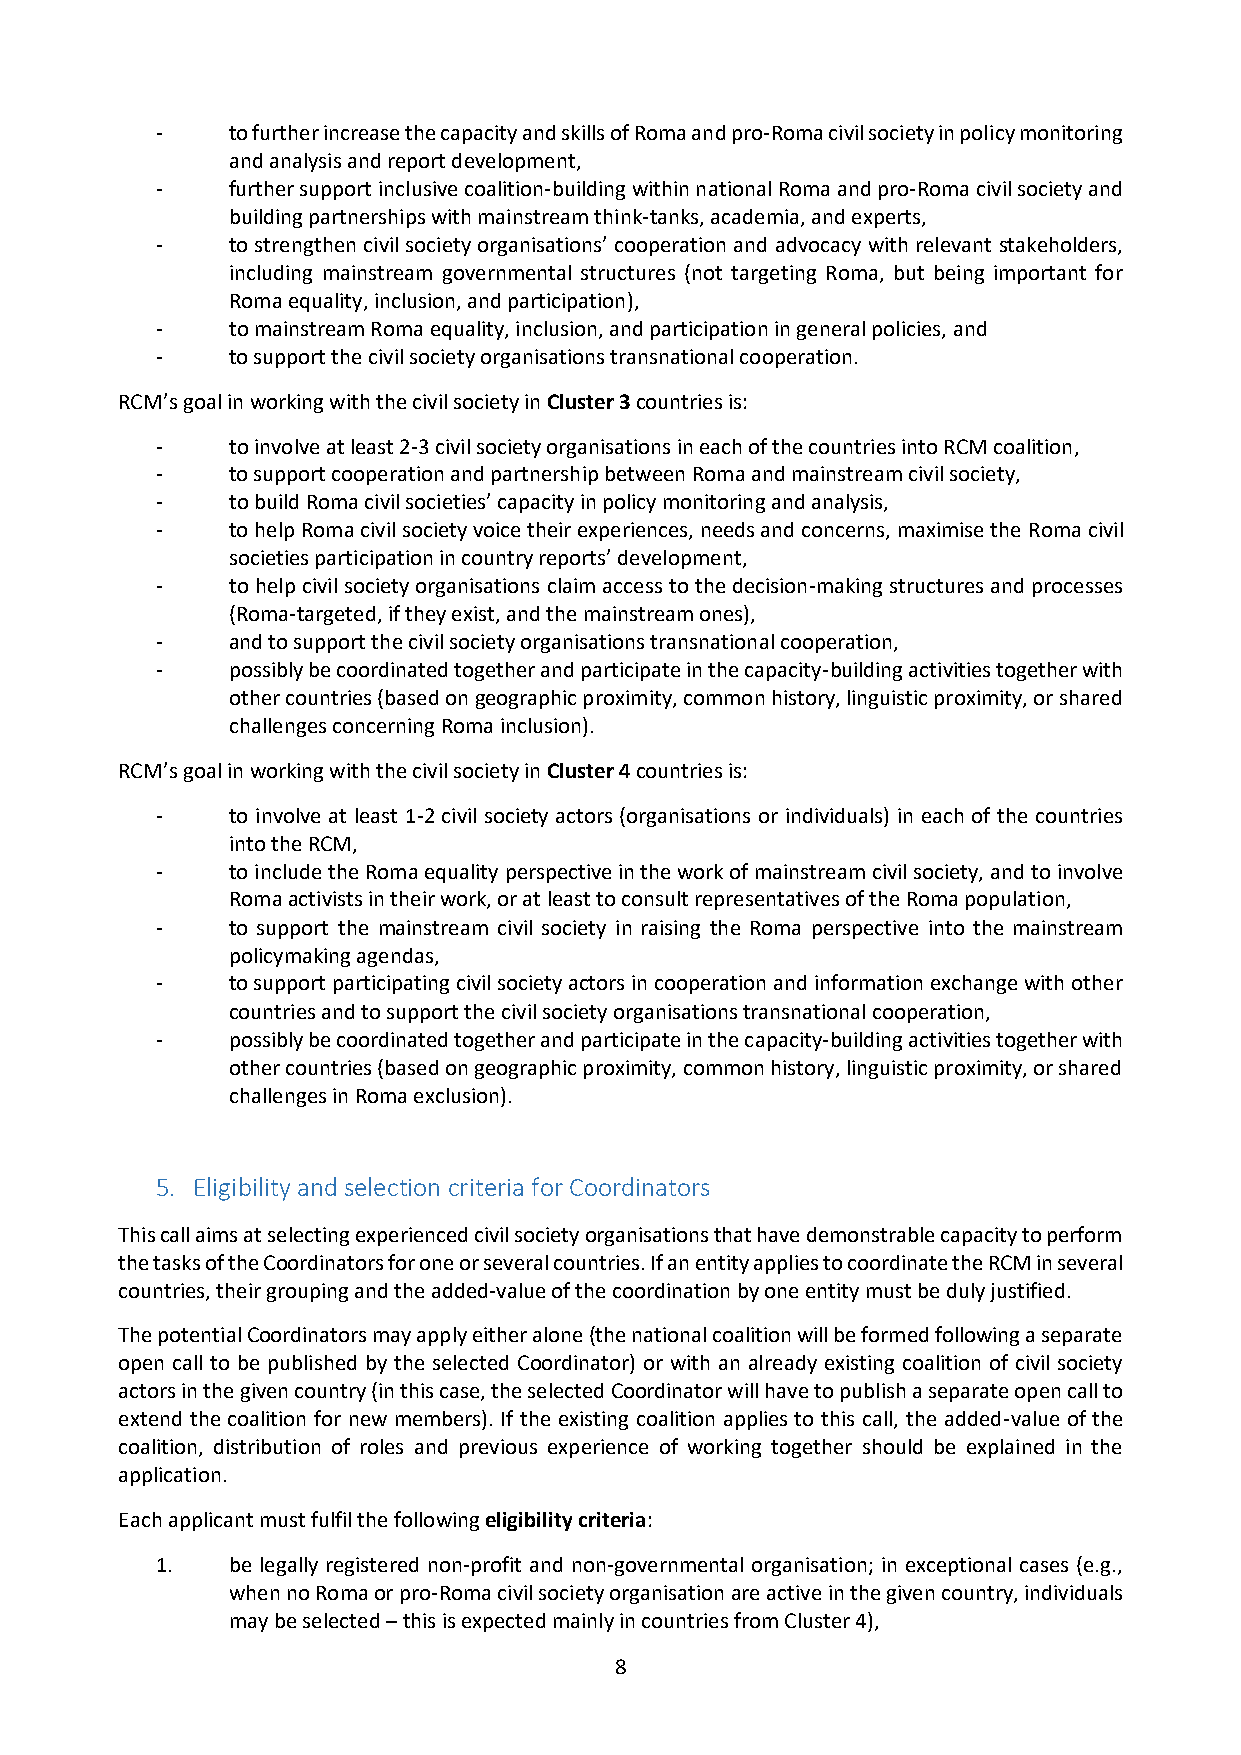
-    to further increase the capacity and skills of Roma and pro-Roma civil society in policy monitoring
 and analysis and report development,
 -    further support inclusive coalition-building within national Roma and pro-Roma civil society and
 building partnerships with mainstream think-tanks, academia, and experts,
 -    to strengthen civil society organisations’ cooperation and advocacy with relevant stakeholders,
 including mainstream governmental structures (not targeting Roma, but being important for
 Roma equality, inclusion, and participation),
 -    to mainstream Roma equality, inclusion, and participation in general policies, and
 -    to support the civil society organisations transnational cooperation.
 RCM’s goal in working with the civil society in Cluster 3 countries is:
 -    to involve at least 2-3 civil society organisations in each of the countries into RCM coalition,
 -    to support cooperation and partnership between Roma and mainstream civil society,
 -    to build Roma civil societies’ capacity in policy monitoring and analysis,
 -    to help Roma civil society voice their experiences, needs and concerns, maximise the Roma civil
 societies participation in country reports’ development,
 -    to help civil society organisations claim access to the decision-making structures and processes
 (Roma-targeted, if they exist, and the mainstream ones),
 -    and to support the civil society organisations transnational cooperation,
 -    possibly be coordinated together and participate in the capacity-building activities together with
 other countries (based on geographic proximity, common history, linguistic proximity, or shared
 challenges concerning Roma inclusion).
 RCM’s goal in working with the civil society in Cluster 4 countries is:
 -    to involve at least 1-2 civil society actors (organisations or individuals) in each of the countries
 into the RCM,
 -    to include the Roma equality perspective in the work of mainstream civil society, and to involve
 Roma activists in their work, or at least to consult representatives of the Roma population,
 -    to support the mainstream civil society in raising the Roma perspective into the mainstream
 policymaking agendas,
 -    to support participating civil society actors in cooperation and information exchange with other
 countries and to support the civil society organisations transnational cooperation,
 -    possibly be coordinated together and participate in the capacity-building activities together with
 other countries (based on geographic proximity, common history, linguistic proximity, or shared
 challenges in Roma exclusion).
 5. Eligibility and selection criteria for Coordinators
 This call aims at selecting experienced civil society organisations that have demonstrable capacity to perform
 the tasks of the Coordinators for one or several countries. If an entity applies to coordinate the RCM in several
 countries, their grouping and the added-value of the coordination by one entity must be duly justified.
 The potential Coordinators may apply either alone (the national coalition will be formed following a separate
 open call to be published by the selected Coordinator) or with an already existing coalition of civil society
 actors in the given country (in this case, the selected Coordinator will have to publish a separate open call to
 extend the coalition for new members). If the existing coalition applies to this call, the added-value of the
 coalition, distribution of roles and previous experience of working together should be explained in the
 application.
 Each applicant must fulfil the following eligibility criteria:
 1.   be legally registered non-profit and non-governmental organisation; in exceptional cases (e.g.,
 when no Roma or pro-Roma civil society organisation are active in the given country, individuals
 may be selected – this is expected mainly in countries from Cluster 4),
 8